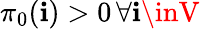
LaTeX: \pi_{0}(\mathbf{i})>0\, \forall\mathbf{i}\inV